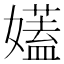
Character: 𡣨